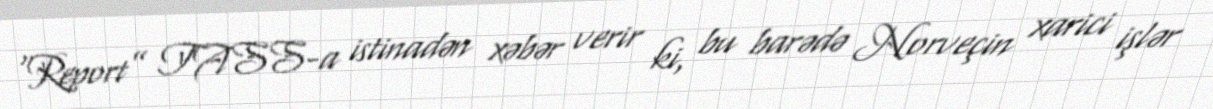
“Report” TASS-a istinadən xəbər verir ki, bu barədə Norveçin xarici işlər